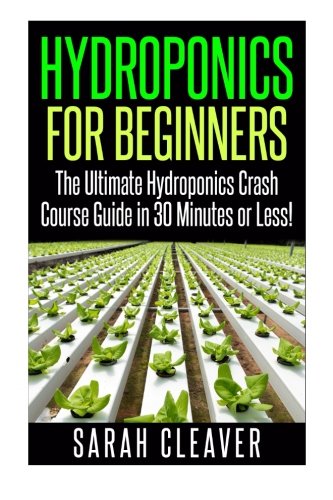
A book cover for Hydroponics for Beginners: The Ultimate Hydroponics Crash Course Guide: Master Hydroponics for Beginners in 30 Minutes or Less! (Hydroponics - ... - Aquaponics for Beginners - Hydroponics 101); Sarah Cleaver; Crafts, Hobbies & Home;